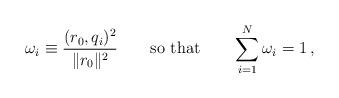
LaTeX: \begin{align*} \omega_{i}\equiv\frac{(r_{0},q_{i})^{2}}{\| r_0 \|^2}\qquad\mbox{so that}\qquad\sum_{i=1}^{N}\omega_{i}=1\,,\end{align*}